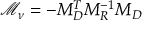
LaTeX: \mathcal { M } _ { \nu } = - M _ { D } ^ { T } M _ { R } ^ { - 1 } M _ { D }